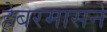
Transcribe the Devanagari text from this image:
हेबरमासने